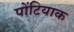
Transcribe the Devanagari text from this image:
पोंटियाक